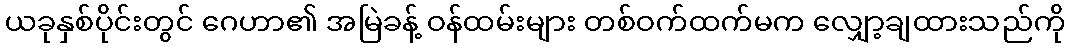
ယခုနှစ်ပိုင်းတွင် ဂေဟာ၏ အမြဲခန့် ဝန်ထမ်းများ တစ်ဝက်ထက်မက လျှော့ချထားသည်ကို